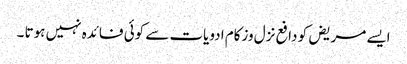
ایسے مریض کو دافع نزل وزکام ادویات سے کوئی فائدہ نہیں ہوتا ۔